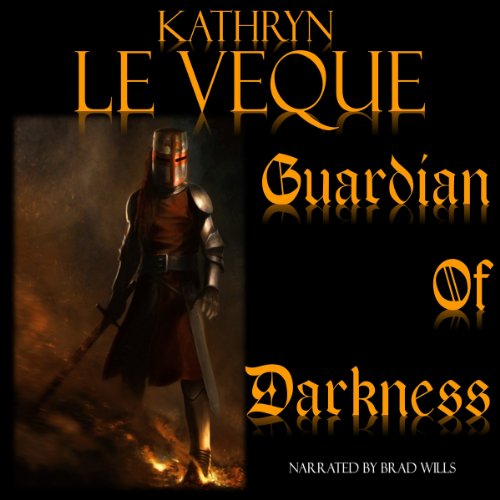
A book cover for Guardian of Darkness; Kathryn Le Veque; Romance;